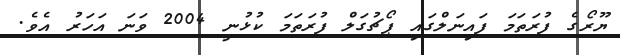
ޔޫރޯގެ ފުރަތަމަ ފައިނަލްގައި ޕޯޗުގަލް ފުރަތަމަ ކުޅުނީ 2004 ވަނަ އަހަރު އެވެ.